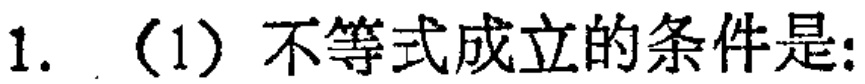
1. （1）不等式成立的条件是: